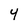
Character: 4